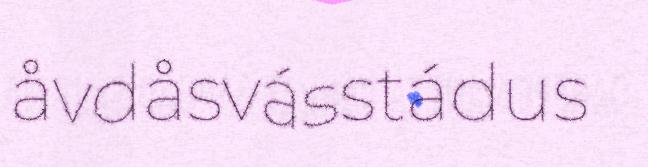
åvdåsvásstádus